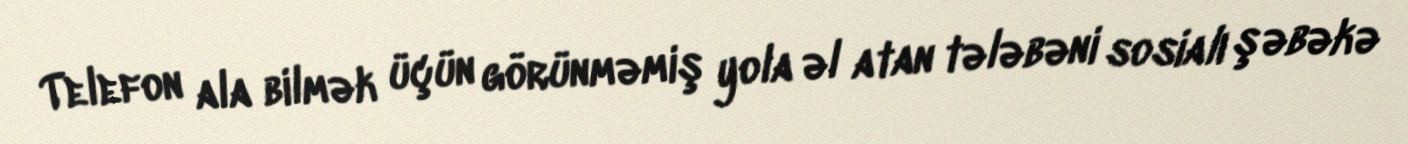
Telefon ala bilmək üçün görünməmiş yola əl atan tələbəni sosialı şəbəkə